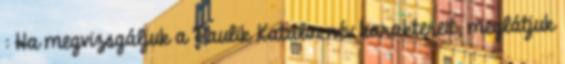
: Ha megvizsgáljuk a Paulik Katalin név karaktereit, meglátjuk